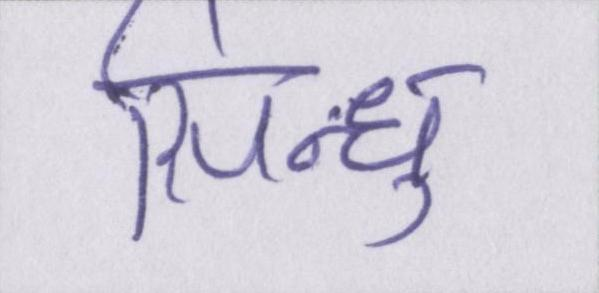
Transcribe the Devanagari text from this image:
सिन्धु